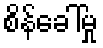
စိန်ခေါ်မှု